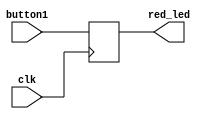
module led(
  input clk,
  input button1,
  output reg red_led
);

  always @(posedge clk) red_led <= button1;

endmodule